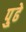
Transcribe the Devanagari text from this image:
पु्ढे